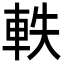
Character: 軼